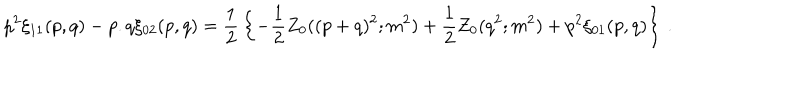
LaTeX: p ^ { 2 } \xi _ { 1 1 } ( p , q ) - p . q \xi _ { 0 2 } ( p , q ) = { \frac { 1 } { 2 } } \left\{ - { \frac { 1 } { 2 } } Z _ { 0 } ( ( p + q ) ^ { 2 } ; m ^ { 2 } ) + { \frac { 1 } { 2 } } Z _ { 0 } ( q ^ { 2 } ; m ^ { 2 } ) + p ^ { 2 } \xi _ { 0 1 } ( p , q ) \right\} \, .